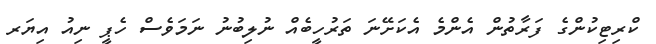
ކްރިޓިކުންގެ ފަރާތުން އެންމެ އެކަށޭނަ ތަރުހީބެއް ނުލިބުނު ނަމަވެސް ހެޕީ ނިއު އިޔަރ